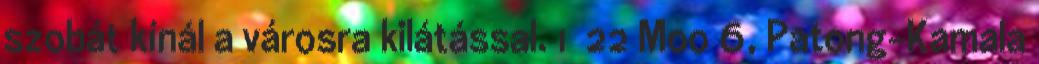
szobát kínál a városra kilátással. 1 22 Moo 6, Patong-Kamala